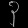
Digit: ၃